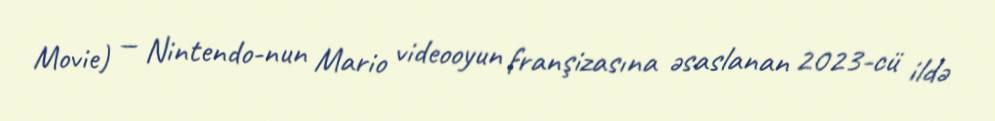
Movie) — Nintendo-nun Mario videooyun franşizasına əsaslanan 2023-cü ildə